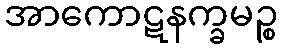
အာကောဋနက္ခမဉ္စ